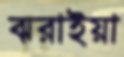
ঝরাইয়া